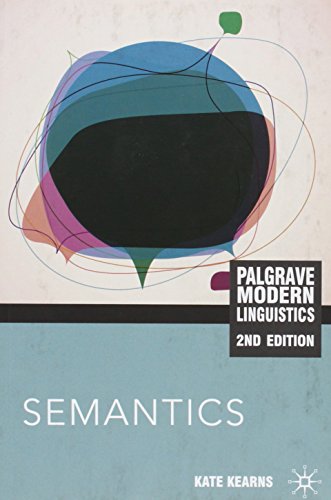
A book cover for Semantics, Second Edition (Palgrave Modern Linguistics); Kate Kearns; Reference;